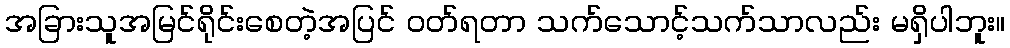
အခြားသူအမြင်ရိုင်းစေတဲ့အပြင် ဝတ်ရတာ သက်သောင့်သက်သာလည်း မရှိပါဘူး။